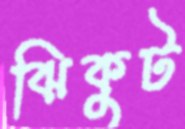
ঝিকুট